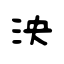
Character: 泱